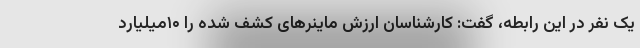
یک نفر در این رابطه، گفت: کارشناسان ارزش ماینرهای کشف شده را ۱۰میلیارد